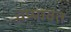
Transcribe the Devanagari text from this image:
चप्पावत